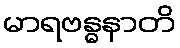
မာရဗန္ဓနာတိ